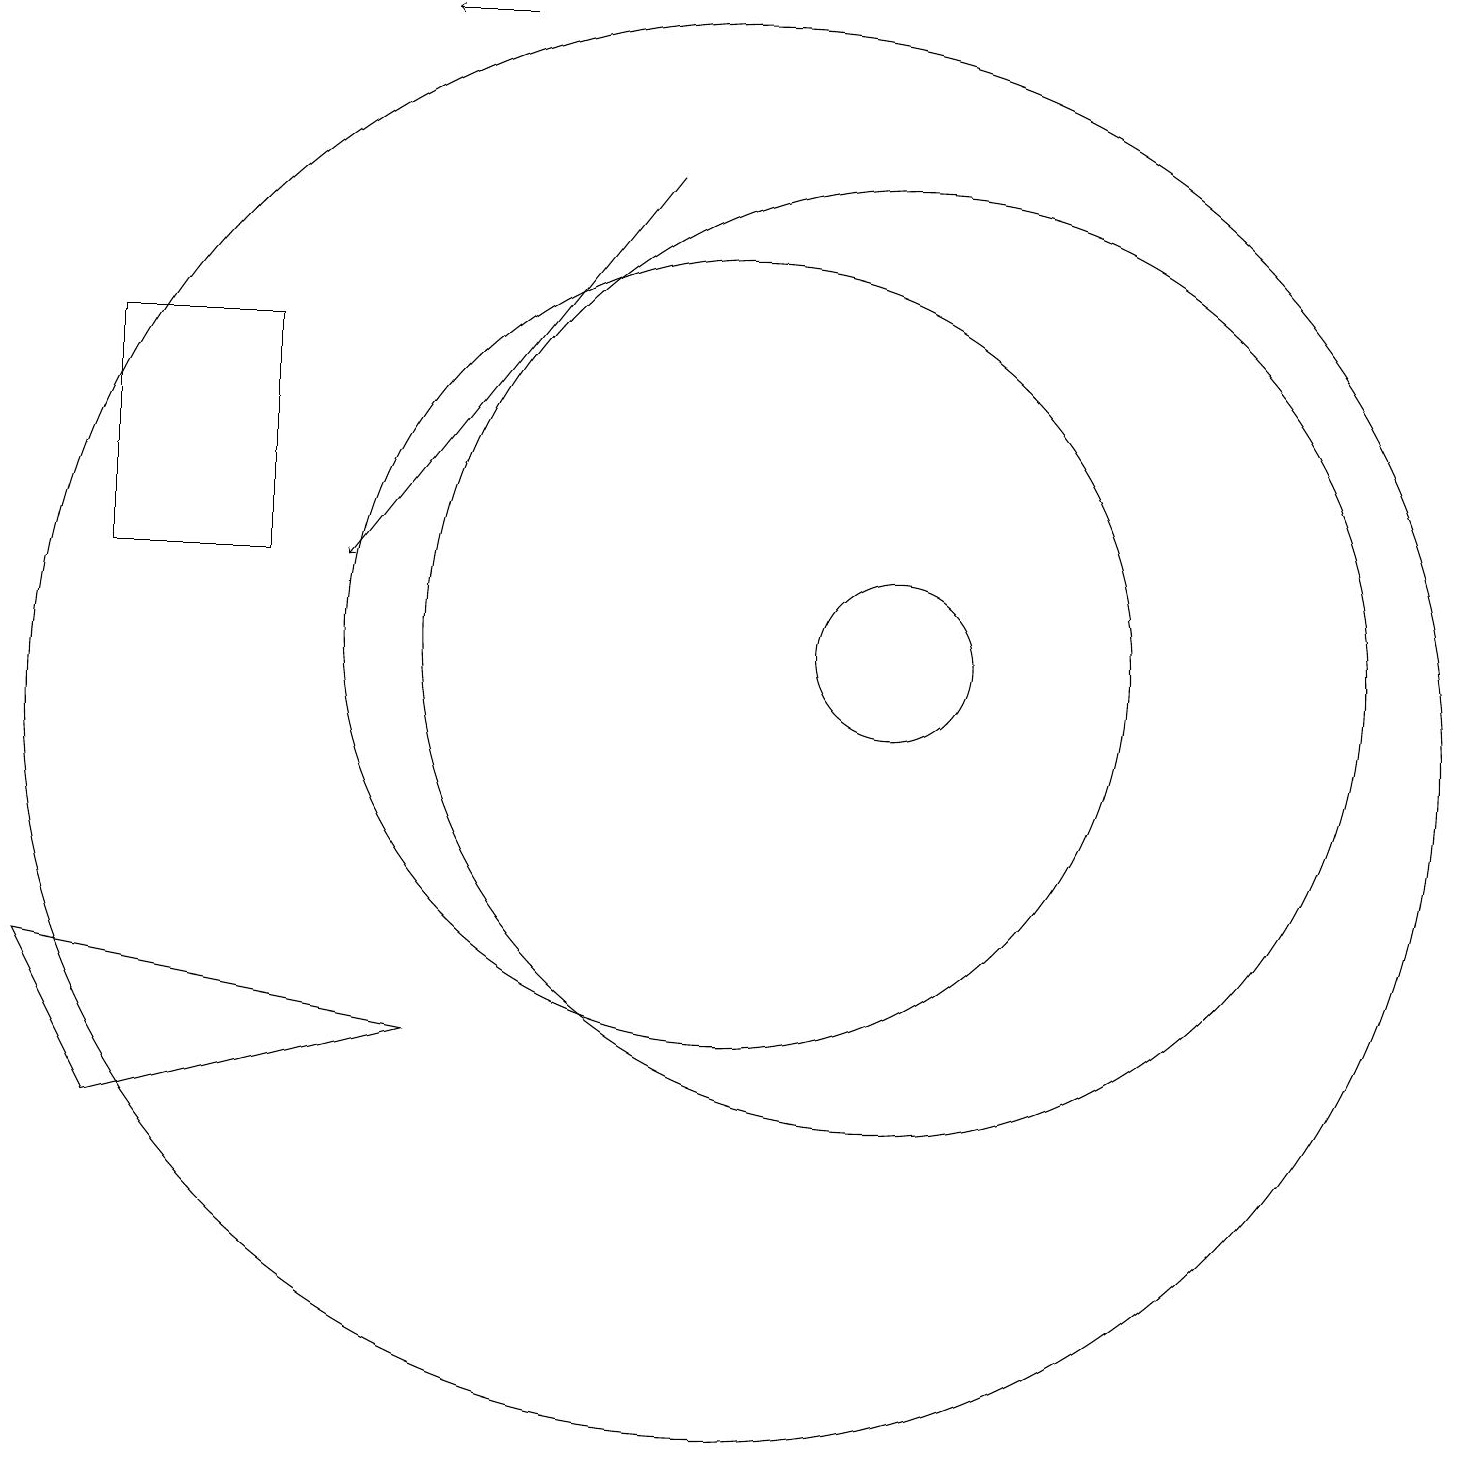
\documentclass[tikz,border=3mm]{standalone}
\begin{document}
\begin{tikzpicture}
\draw[->] (9,17) -- (5,12);
\draw (2,5) -- (6,6) -- (1,7) -- cycle;
\draw (10,10) circle (9);
\draw (10,11) circle (5);
\draw (12,11) circle (6);
\draw[->] (7,19) -- (6,19);
\draw (12,11) circle (1);
\draw (2,12) rectangle (4,15);
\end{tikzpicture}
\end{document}